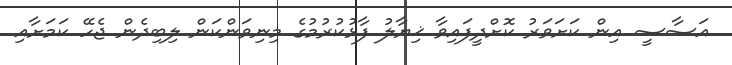
އަސާސީ އިން ކަށަވަރު ކޮށްދީފައިވާ ޚިޔާލު ފާޅުކުުރުމުގެ މިނިވަންކަން ލިބިދެން ޖެހޭ ކަމަށާއި